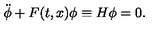
{ \ddot { \phi } } + F ( t , x ) \phi \equiv H \phi = 0 .